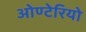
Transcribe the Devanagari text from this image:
ओण्टेरियो